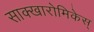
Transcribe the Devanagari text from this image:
साक्खारोमिकेस्